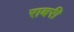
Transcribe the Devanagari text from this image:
राबरी